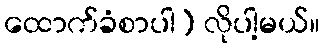
ထောက်ခံစာပါ) လိုပါ့မယ်။